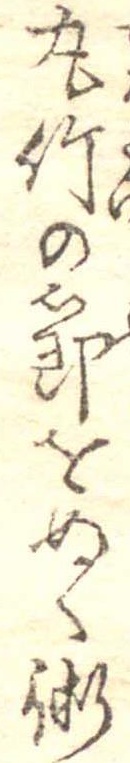
丸竹の節をぬく術